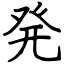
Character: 発